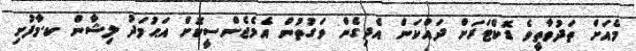
މެއަށް ތަދުވާތީވެ ޑޮކްޓަރަށް ދައްކަން އެދިގެން ވަގުތުން އެމެޖެންސީކޮށް އަޙުމަދު ލިޝާން ކ.މާފުށި